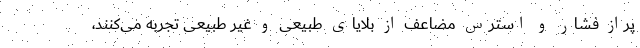
پراز فشار و استرس مضاعف از بلایای طبیعی و غیر طبیعی تجربه می‌کنند،